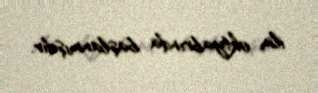
ilin oktyabrında başlanmışdır.